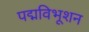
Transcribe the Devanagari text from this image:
पद्मविभूशन